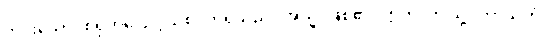
ကင်းသောဒုစရိုက်ငြောင့်သစ်ငှက်ရှိသည်။ အသ္မိ၊ ဖြစ်၏။ ဣတိ၊ ဤသို့။ ဘာသိတံ၊